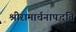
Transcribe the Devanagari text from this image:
श्रीरामार्चनापद्धति